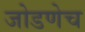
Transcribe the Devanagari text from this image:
जोडणेच